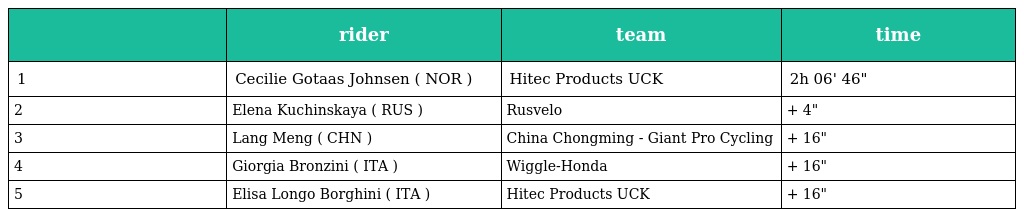
|  | rider | team | time |
 | --- | --- | --- | --- |
 | 1 | Cecilie Gotaas Johnsen ( NOR ) | Hitec Products UCK | 2h 06' 46" |
 | 2 | Elena Kuchinskaya ( RUS ) | Rusvelo | + 4" |
 | 3 | Lang Meng ( CHN ) | China Chongming - Giant Pro Cycling | + 16" |
 | 4 | Giorgia Bronzini ( ITA ) | Wiggle-Honda | + 16" |
 | 5 | Elisa Longo Borghini ( ITA ) | Hitec Products UCK | + 16" |